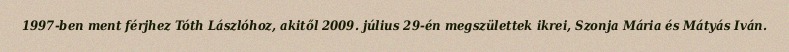
1997-ben ment férjhez Tóth Lászlóhoz, akitől 2009. július 29-én megszülettek ikrei, Szonja Mária és Mátyás Iván.